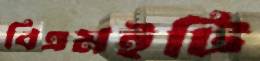
বিএমইটি